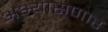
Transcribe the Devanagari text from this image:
अभ्यासणार